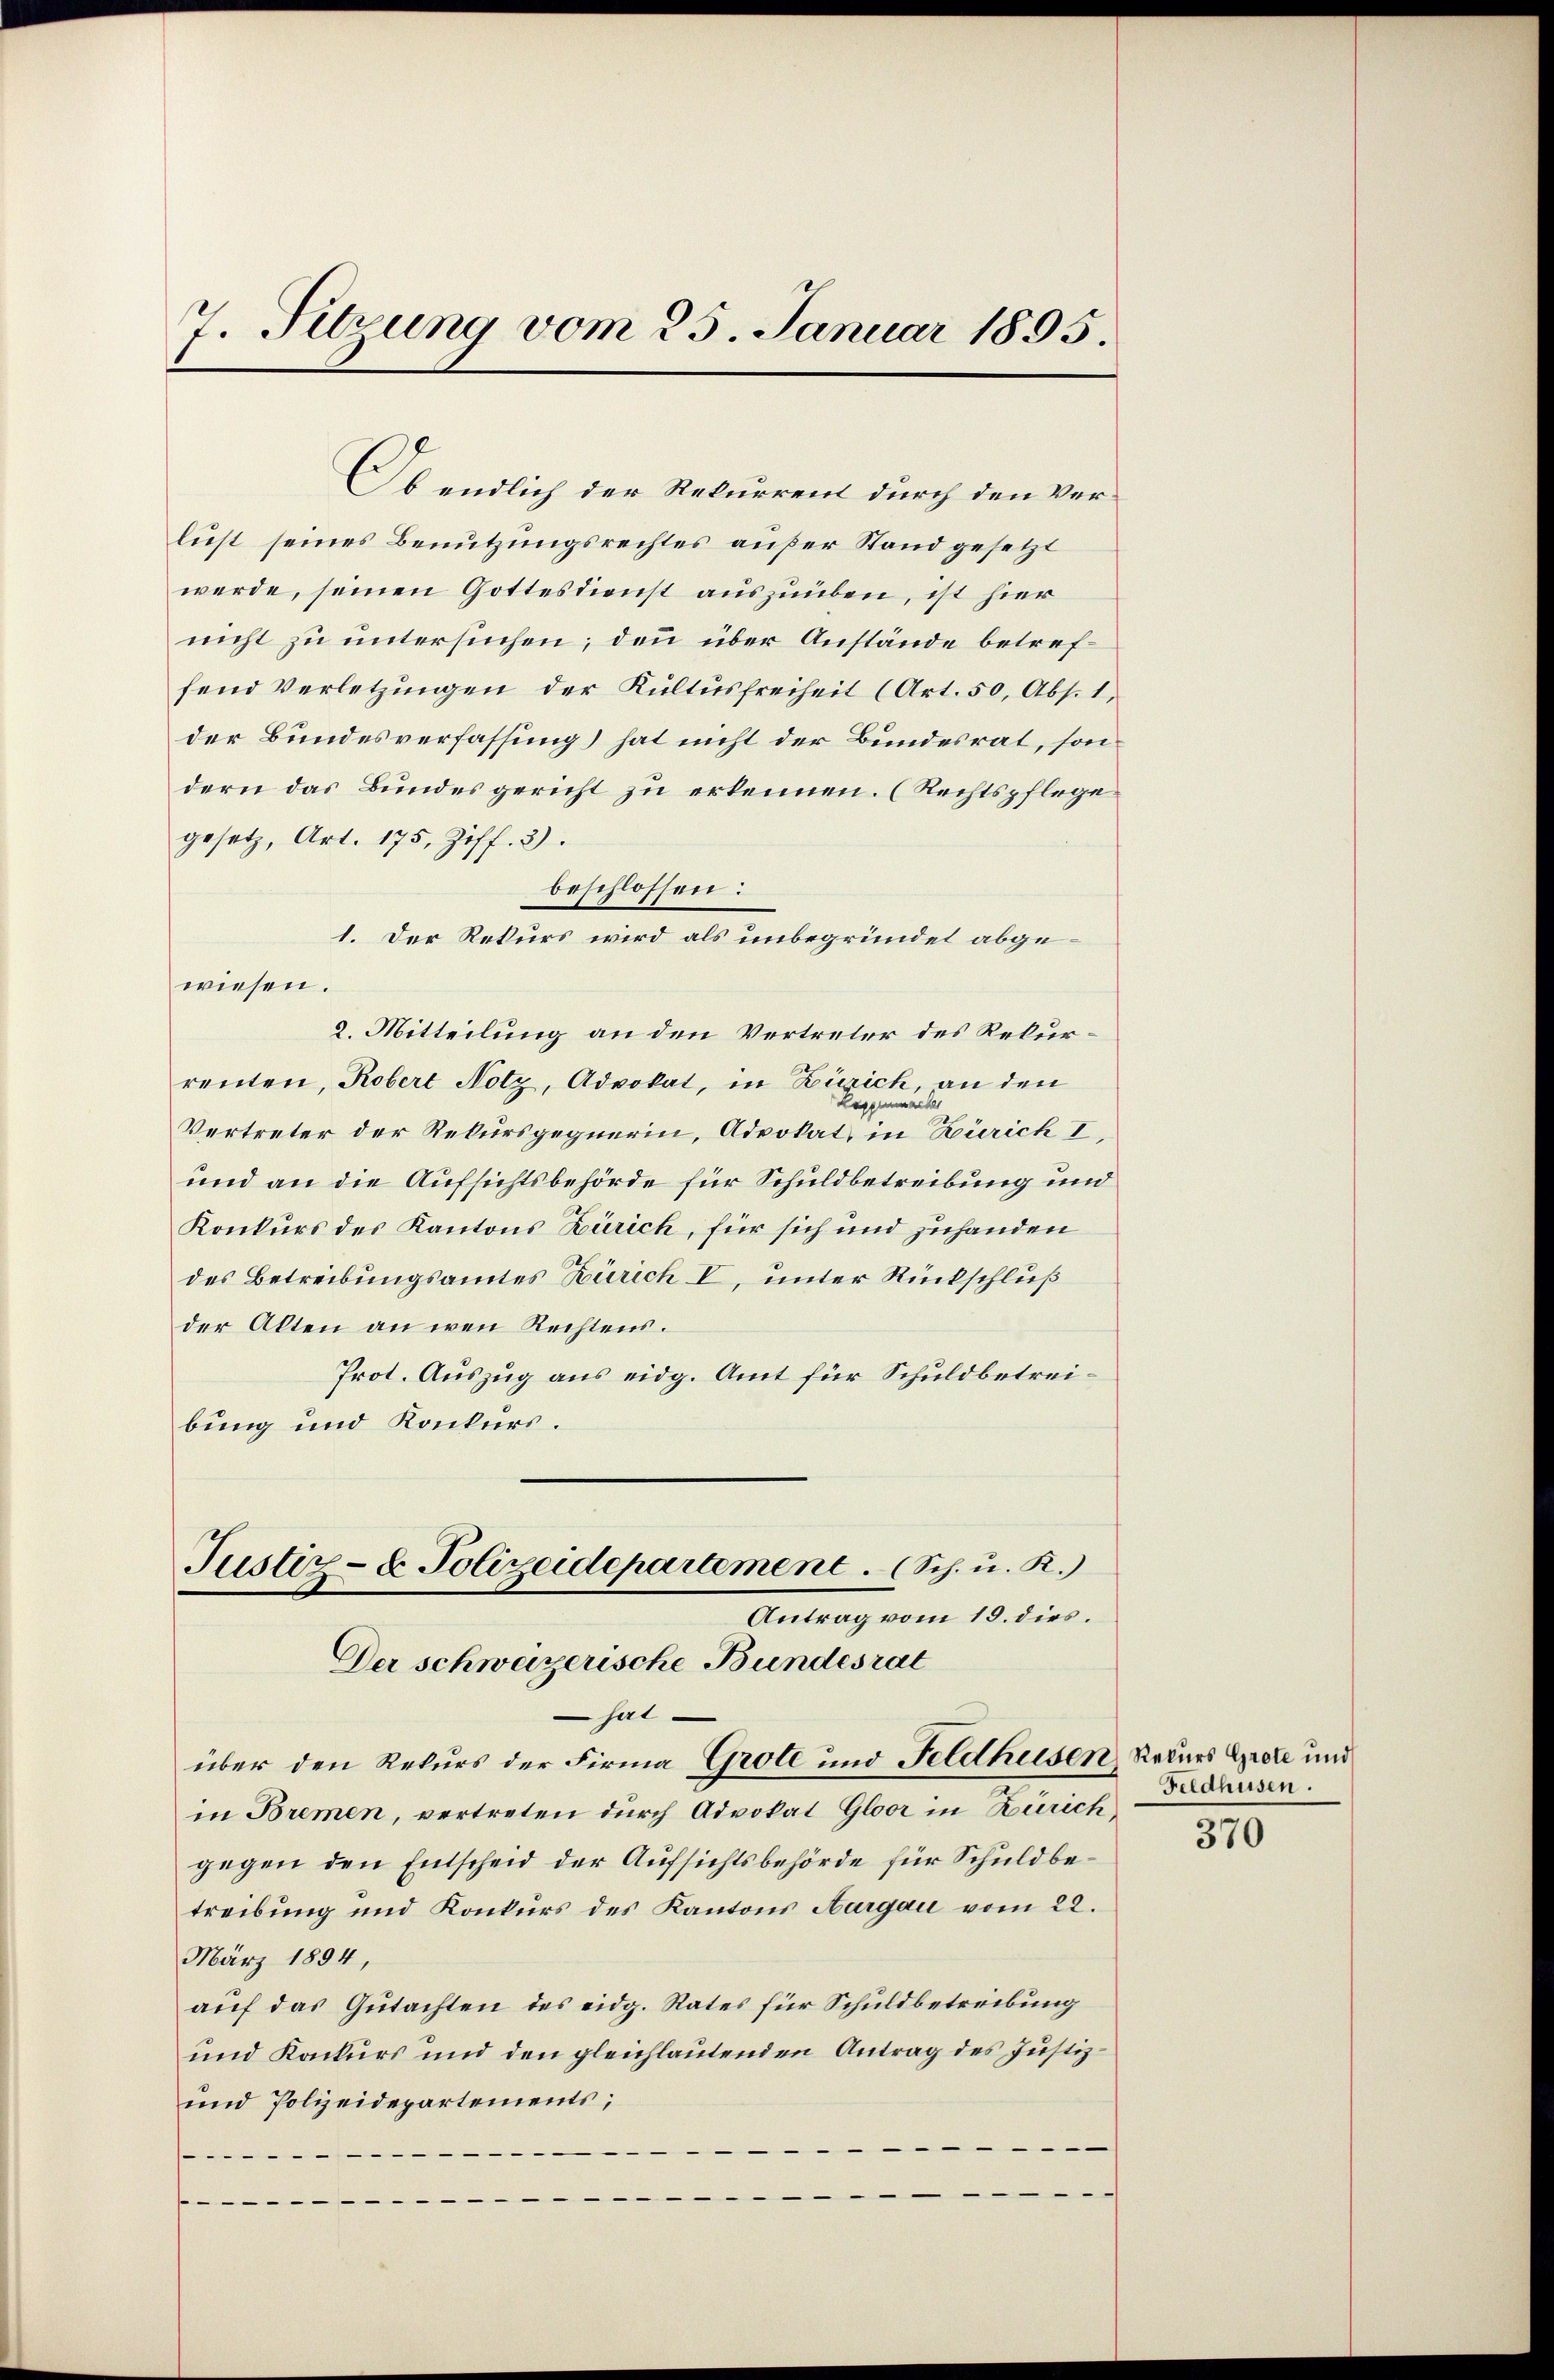
7. Sitzung vom 25. Januar 1895.

gesetz, Art. 175, Ziff. 3.
beschlossen:
1. Der Rekurs wird als unbegründet abgewiesen.
2. Mitteilung an den Vertreter des Rekurrenten, Robert Notz, Advokat, in Zürich, an den
Regenmacher
Vertreter der Rekursgegnerin, Advokat, in Zürich I,
und an die Aufsichtsbehörde für Schuldbetreibung und
Konkurs des Kantons Zürich, für sich und zuhanden
des Betreibungsamtes Zürich I, unter Rückschluß
der Alten an wen Rechtens.
Prot. Auszug aus eidg. Amt für Schuldbetreibung und Konkurs.
Justiz- & Polizeidepartement. (Sch. u. R.)
Antrag vom 19. dies.
Der schweizerische Bundesrat
hat
über den Rekurs der Firma Grote und Feldhusen Rekurs Grete und
in Bremen, vertreten durch Advokat Gloor in Zürich,
gegen den Entscheid der Aufsichtsbehörde für Schuldbetreibung und Konkurs des Kantons Aargau vom 22.
März 1894,
auf das Gutachten des eidg. Rates für Schuldbetreibung
und Konkurs und den gleichlautenden Antrag des Justiz¬
und Polizeidepartements;
)
.
/

Ob endlich der Rekurrent durch den Verlust seines Benutzungsrechtes außer Stand gesetzt
werde, seinen Gottesdienst auszuüben, ist hier
nicht zu untersuchen; denn über Anstände betreffend Verletzungen der Kultusfreiheit (Art. 50, Abs. 1.
der Bundesverfassung) hat nicht der Bundesrat, sondern das Bundesgericht zu erkennen. (Rechtspflege.

Feldhusen.

370